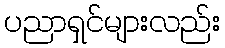
ပညာရှင်များလည်း